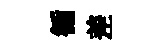
循差